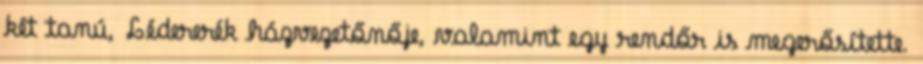
két tanú, Lédererék házvezetőnője, valamint egy rendőr is megerősítette.